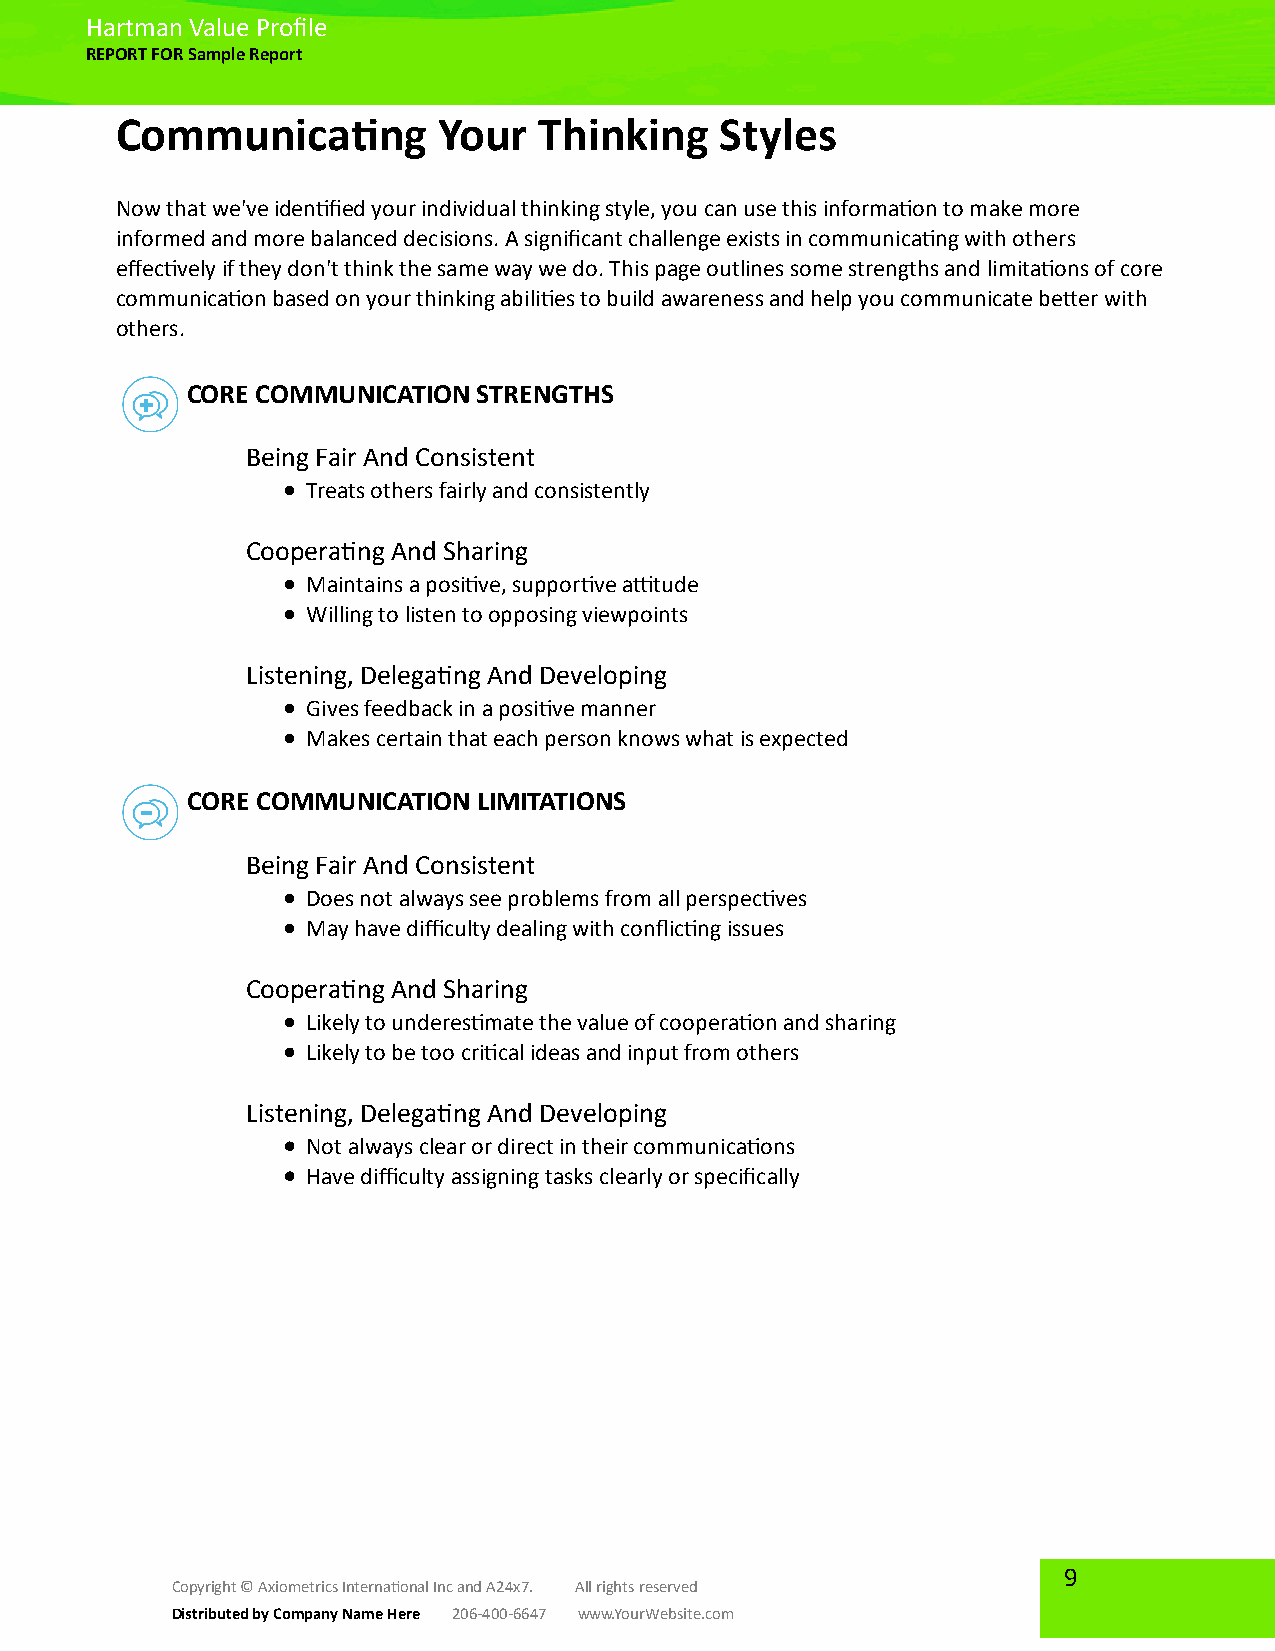
Hartman Value Profile
 REPORT FOR Sample Report
 Communicating        Your   Thinking    Styles
 Now that we've identified your individual thinking style, you can use this information to make more
 informed and more balanced decisions. A significant challenge exists in communicating with others
 effectively if they don't think the same way we do. This page outlines some strengths and limitations of core
 communication based on your thinking abilities to build awareness and help you communicate better with
 others.
 CORE COMMUNICATION  STRENGTHS
 Being Fair And Consistent
 Treats others fairly and consistently
 Cooperating And Sharing
 Maintains a positive, supportive attitude
 Willing to listen to opposing viewpoints
 Listening, Delegating And Developing
 Gives feedback in a positive manner
 Makes certain that each person knows what is expected
 CORE COMMUNICATION  LIMITATIONS
 Being Fair And Consistent
 Does not always see problems from all perspectives
 May have difficulty dealing with conflicting issues
 Cooperating And Sharing
 Likely to underestimate the value of cooperation and sharing
 Likely to be too critical ideas and input from others
 Listening, Delegating And Developing
 Not always clear or direct in their communications
 Have difficulty assigning tasks clearly or specifically
 9
 Copyright © Axiometrics International Inc and A24x7. All rights reserved
 Distributed by Company Name Here 206-400-6647 www.YourWebsite.com